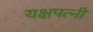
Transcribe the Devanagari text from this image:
यक्षपत्‍नी